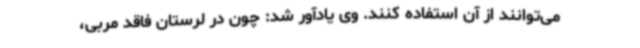
می‌توانند از آن استفاده کنند. وی یادآور شد: چون در لرستان فاقد مربی،